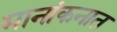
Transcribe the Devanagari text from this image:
मानांकनात